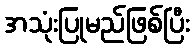
အသုံးပြုမည်ဖြစ်ပြီး